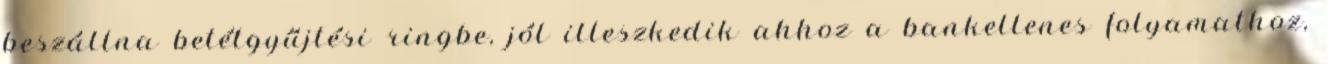
beszállna betétgyűjtési ringbe, jól illeszkedik ahhoz a bankellenes folyamathoz,